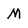
Character: M